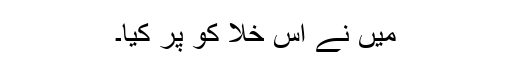
میں نے اس خلا کو پر کیا۔